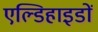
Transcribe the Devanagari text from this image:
एल्डिहाइडों